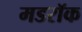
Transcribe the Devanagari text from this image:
मडरॉक